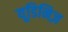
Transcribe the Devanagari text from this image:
यूडिनिज़